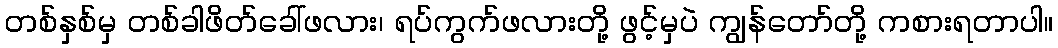
တစ်နှစ်မှ တစ်ခါဖိတ်ခေါ်ဖလား၊ ရပ်ကွက်ဖလားတို့ ဖွင့်မှပဲ ကျွန်တော်တို့ ကစားရတာပါ။